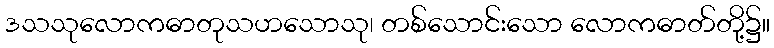
ဒသသုလောကဓာတုသဟသောသု၊ တစ်သောင်းသော လောကဓာတ်တို့၌။